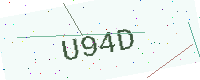
Text: U94D